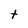
Character: t